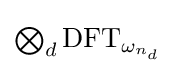
{\textstyle \bigotimes _{d}{\text{DFT}}_{\omega _{n_{d}}}}